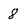
Character: 8